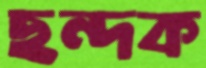
ছন্দক